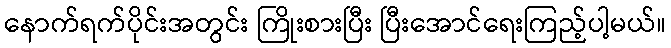
နောက်ရက်ပိုင်းအတွင်း ကြိုးစားပြီး ပြီးအောင်ရေးကြည့်ပါ့မယ်။